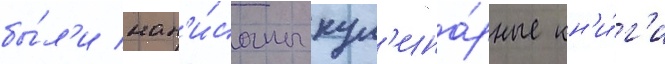
бы́л'и нап'и́саны кул'ина́рные кн'и́г'и